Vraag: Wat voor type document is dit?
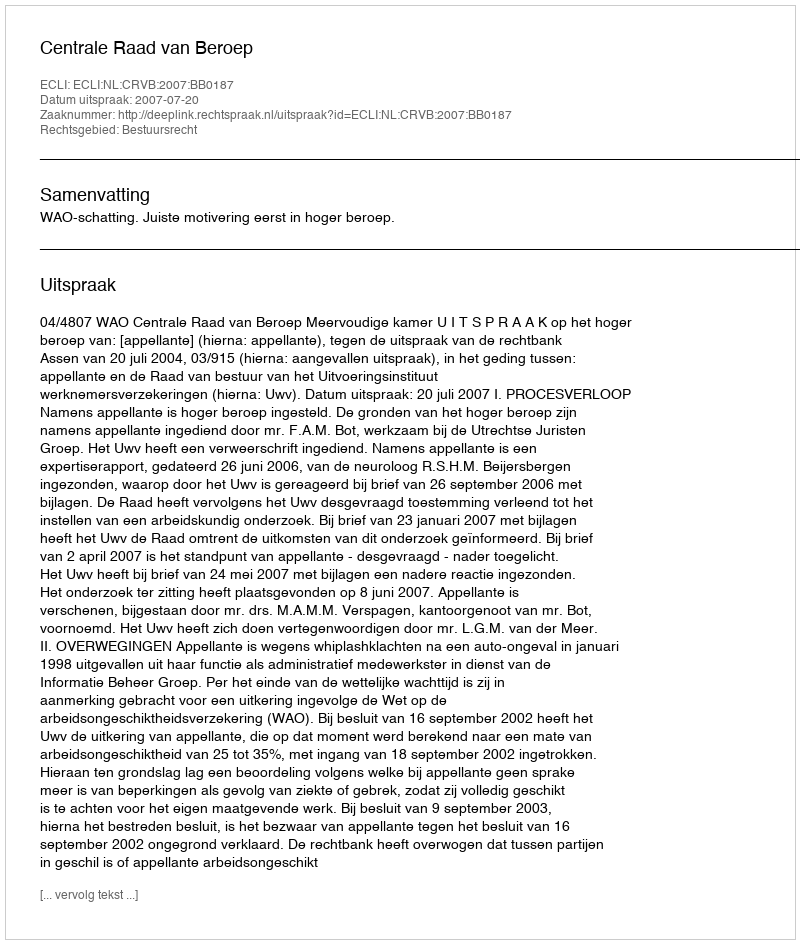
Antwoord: Uitspraak